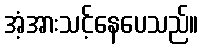
အံ့အားသင့်နေပေသည်။